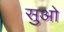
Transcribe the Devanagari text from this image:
सुओ